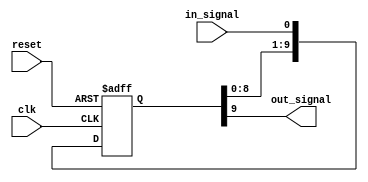
module inverter_delay (
    input wire clk,
    input wire reset,
    input wire in_signal,
    output reg out_signal
);

parameter DELAY_AMOUNT = 10; // Delay amount in clock cycles

reg [DELAY_AMOUNT-1:0] buffer;

always @(posedge clk or posedge reset) begin
    if (reset) begin
        buffer <= 0;
    end else begin
        buffer <= {buffer[DELAY_AMOUNT-2:0], in_signal};
    end
end

assign out_signal = buffer[DELAY_AMOUNT-1];

endmodule